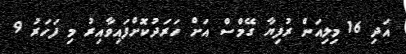
އަދި 16 މިލިއަން ރުފިޔާ ގޭމްސް އަށް ހަރަދުކޮށްފައިވާއިރު މި ފަހަރު 9